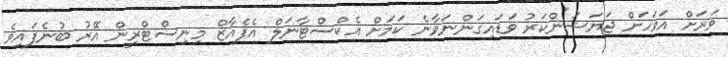
ވަރަށް އަވަހަށް ޖަޔަޝަންކަރު ވަޑައިގަންނަވާނެ ކަމަށް އެކްސްޓާނަލް އެފެއާޒް މިނިސްޓްރީން އޭރު ބުނެފައިވެ